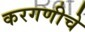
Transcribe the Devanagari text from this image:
करगणीचे